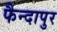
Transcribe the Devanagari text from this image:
फैन्दापुर